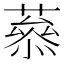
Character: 𦼒